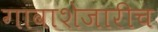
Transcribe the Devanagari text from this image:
गावाशेजारीच